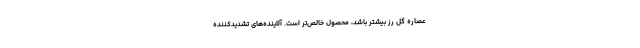
عصاره گل رز بیشتر باشد، محصول خالص‌تر است. آلاینده‌های تشدیدکننده